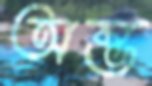
অম্ভ